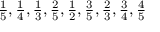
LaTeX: \textstyle { \frac { 1 } { 5 } } , { \frac { 1 } { 4 } } , { \frac { 1 } { 3 } } , { \frac { 2 } { 5 } } , { \frac { 1 } { 2 } } , { \frac { 3 } { 5 } } , { \frac { 2 } { 3 } } , { \frac { 3 } { 4 } } , { \frac { 4 } { 5 } }